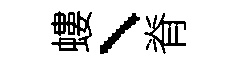
螻、脊